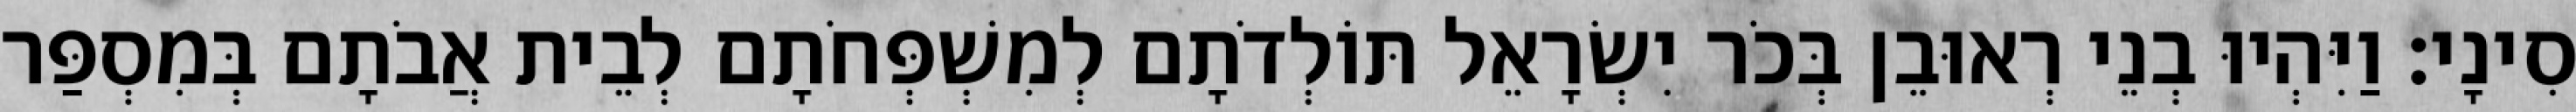
סִינָי׃ וַיִּהְיוּ בְנֵי רְאוּבֵן בְּכֹר יִשְׂרָאֵל תּוֹלְדֹתָם לְמִשְׁפְּחֹתָם לְבֵית אֲבֹתָם בְּמִסְפַּר